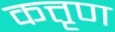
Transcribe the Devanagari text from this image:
कत्तृण